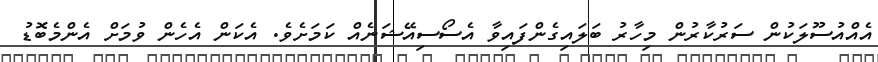
އެއްއުސޫލަކުން ސަރުކާރުން މިހާރު ބަލައިގެންފައިވާ އެސޯސިއޭޝަނެއް ކަމަށެވެ. އެކަން އެހެން ވުމަށް އެންމެބޮޑު